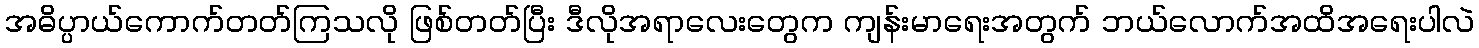
အဓိပ္ပာယ်ကောက်တတ်ကြသလို ဖြစ်တတ်ပြီး ဒီလိုအရာလေးတွေက ကျန်းမာရေးအတွက် ဘယ်လောက်အထိအရေးပါလဲ